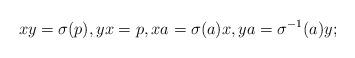
LaTeX: \begin{align*} xy = \sigma(p), yx = p, xa = \sigma(a)x, ya = \sigma^{-1}(a)y; \end{align*}